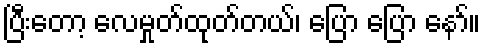
ပြီးတော့ လေမှုတ်ထုတ်တယ်၊ ပြော ပြော နော်။